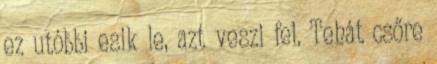
ez utóbbi esik le, azt veszi fel. Tehát csőre